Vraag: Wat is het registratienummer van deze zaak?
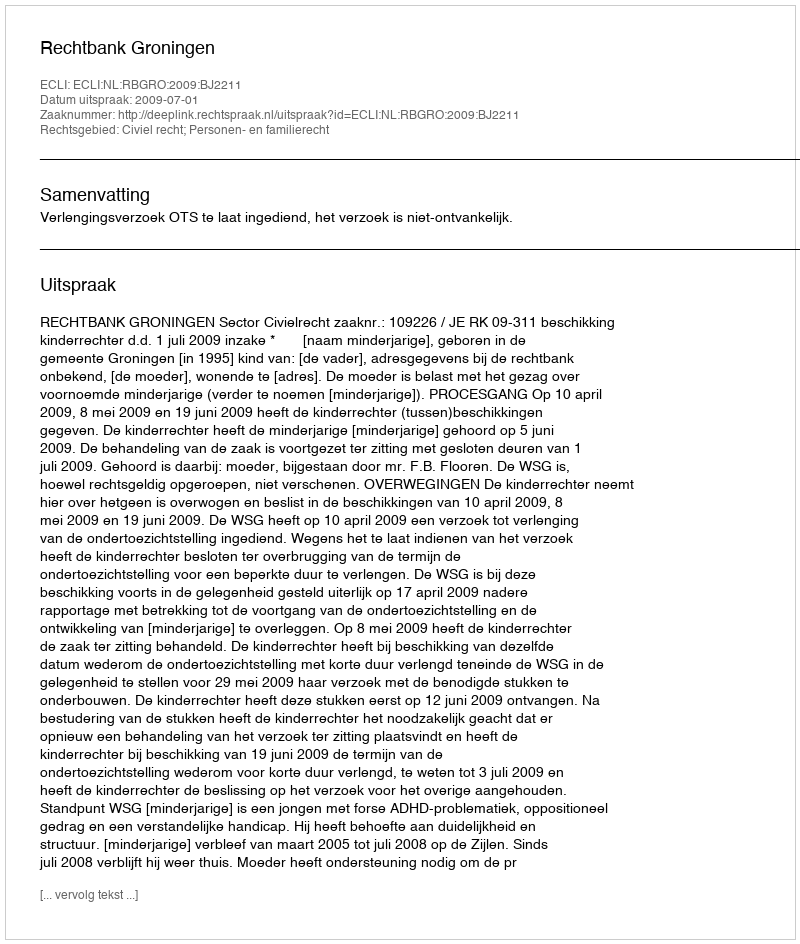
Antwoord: http://deeplink.rechtspraak.nl/uitspraak?id=ECLI:NL:RBGRO:2009:BJ2211